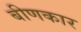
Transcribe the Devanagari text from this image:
बीणकार